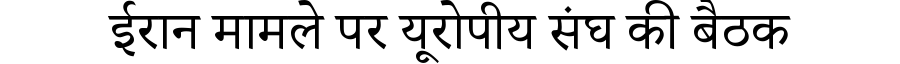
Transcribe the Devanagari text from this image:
ईरान मामले पर यूरोपीय संघ की बैठक